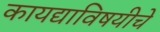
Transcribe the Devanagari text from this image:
कायद्याविषयीचे